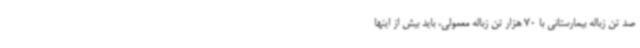
صد تن زباله بیمارستانی با 70 هزار تن زباله معمولی، باید بیش از اینها